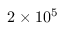
2 \times 1 0 ^ { 5 }